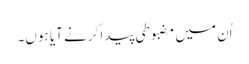
اُن میں مضبوطی پیدا کرنے آیا ہوں۔